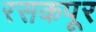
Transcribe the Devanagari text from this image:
रसकपूर